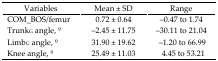
<table><thead><tr><td><b>Variables</b></td><td><b>Mean ± SD</b></td><td><b>Range</b></td></tr></thead><tbody><tr><td>COM_BOS/femur</td><td>0.72 ± 0.64</td><td>−0.47 to 1.74</td></tr><tr><td>Trunk<sub>G</sub> angle, o</td><td>−2.45 ± 11.75</td><td>−30.11 to 21.04</td></tr><tr><td>Limb<sub>G</sub> angle, o</td><td>31.90 ± 19.62</td><td>−1.20 to 66.99</td></tr><tr><td>Knee angle, o</td><td>25.49 ± 11.03</td><td>4.45 to 53.21</td></tr></tbody></table>